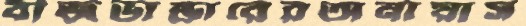
বীজভান্ডারেরঅনায়াস